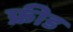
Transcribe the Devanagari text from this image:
फ्रीड